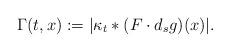
LaTeX: \begin{align*} \Gamma(t,x) := |\kappa_t \ast (F \cdot d_s g)(x)|.\end{align*}